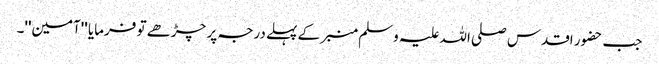
جب حضور اقدس صلی اللہ علیہ وسلم منبر کے پہلے درجہ پر چڑھے تو فرمایا ''آمین''۔